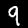
Digit: 9